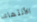
الأنتهاء